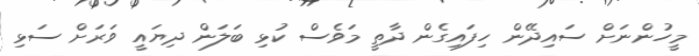
މީހުންނަށް ސައިދޭން ހިފައިގެން ދާތީ މަވެސް ކުޅި ބަލަން ދިޔައީ ވަރަށް ސަޅި